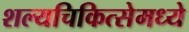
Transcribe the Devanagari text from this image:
शल्यचिकित्सेमध्ये